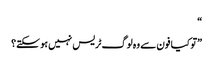
“
”تو کیا فون سے وہ لوگ ٹریس نہیں ہو سکتے؟